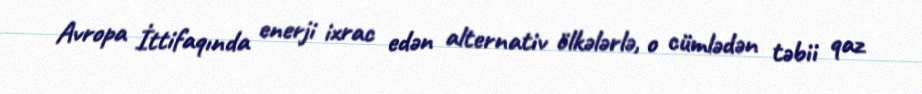
Avropa İttifaqında enerji ixrac edən alternativ ölkələrlə, o cümlədən təbii qaz